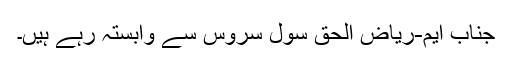
جناب ایم-ریاض الحق سول سروس سے وابستہ رہے ہیں۔